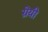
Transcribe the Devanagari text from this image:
ग्रेयी